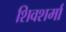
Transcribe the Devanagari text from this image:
शिवशर्मा